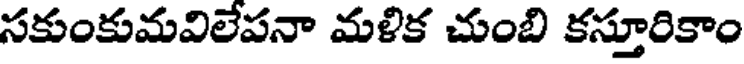
సకుంకుమవిలేపనా మళిక చుంబి కస్తూరికాం